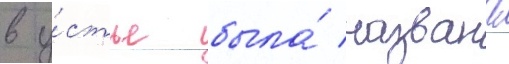
в у́стье была́ названа